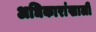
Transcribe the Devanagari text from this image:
अधिकारांखाली